Indian journal of veterinary science and animal husbandry - Volume 11,
Year: 1941
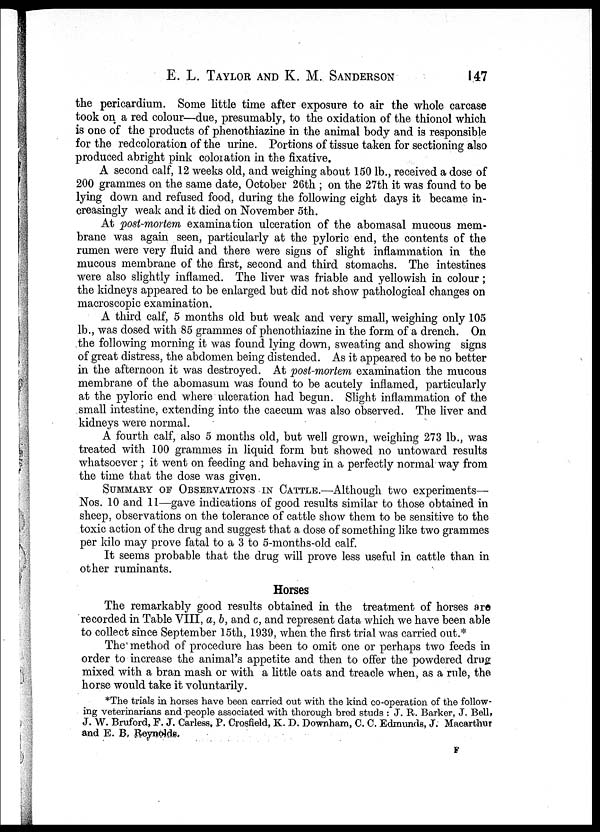
E. L. TAYLOR AND K. M.
SANDERSON
147
the pericardium. Some little time after exposure to air the whole carcase
took on a red colour—due, presumably, to the oxidation of the thionol which
is one of the products of phenothiazine in the animal body and is responsible
for the redcoloration of the urine. Portions of tissue taken for sectioning also
produced abright pink coloration in the fixative.
A second calf, 12 weeks old, and weighing about 150 lb., received a dose of
200 grammes on the same date, October 26th ; on the 27th it was found to be
lying down and refused food, during the following eight days it became in-
creasingly weak and it died on November 5th.
At post-mortem examination ulceration of the abomasal mucous mem-
brane was again seen, particularly at the pyloric end, the contents of the
rumen were very fluid and there were signs of slight inflammation in the
mucous membrane of the first, second and third stomachs. The intestines
were also slightly inflamed. The liver was friable and yellowish in colour;
the kidneys appeared to be enlarged but did not show pathological changes on
macroscopic examination.
A third calf, 5 months old but weak and very small, weighing only 105
lb., was dosed with 85 grammes of phenothiazine in the form of a drench. On
the following morning it was found lying down, sweating and showing signs
of great distress, the abdomen being distended. As it appeared to be no better
in the afternoon it was destroyed. At post-mortem examination the mucous
membrane of the abomasum was found to be acutely inflamed, particularly
at the pyloric end where ulceration had begun. Slight inflammation of the
small intestine, extending into the caecum was also observed. The liver and
kidneys were normal.
A fourth calf, also 5 months old, but well grown, weighing 273 lb., was
treated with 100 grammes in liquid form but showed no untoward results
whatsoever ; it went on feeding and behaving in a perfectly normal way from
the time that the dose was given.
SUMMARY OF OBSERVATIONS IN CATTLE.—Although two experiments—
Nos. 10 and 11—gave indications of good results similar to those obtained in
sheep, observations on the tolerance of cattle show them to be sensitive to the
toxic action of the drug and suggest that a dose of something like two grammes
per kilo may prove fatal to a 3 to 5-months-old calf.
It seems probable that the drug will prove less useful in cattle than in
other ruminants.
Horses
The remarkably good results obtained in the treatment of horses are
recorded in Table VIII, a, b, and c, and represent data which we have been able
to collect since September 15th, 1939, when the first trial was carried out.*
The method of procedure has been to omit one or perhaps two feeds in
order to increase the animal's appetite and then to offer the powdered drug
mixed with a bran mash or with a little oats and treacle when, as a rule, the
horse would take it voluntarily.
*The trials in horses have been carried out with the kind co-operation of the follow-
ing veterinarians and people associated with thorough bred studs : J. R. Barker, J. Bell,
J. W. Bruford, F. J. Carless, P. Crosfield, K. D. Downham, C. C. Edmunds, J. Macarthur
and E. B, Reynolds.
F